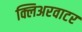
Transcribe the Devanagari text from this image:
क्लिअरवाटर